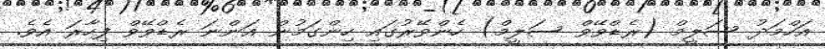
އަހްމަދު ސަލީމް (ރެޑްވޭވް ސަލީމް) ހެންވޭރުގައި ހިންގަމުން އަންނަ ރެޑްވޭވް ފިހާރަ އެވެ.